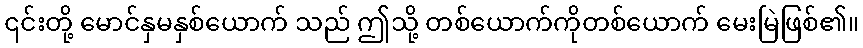
၎င်းတို့ မောင်နှမနှစ်ယောက် သည် ဤသို့ တစ်ယောက်ကိုတစ်ယောက် မေးမြဲဖြစ်၏။